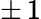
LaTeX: \pm\, 1